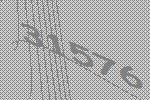
31576